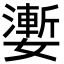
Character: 嬱